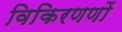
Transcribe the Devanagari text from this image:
विकिरणणों